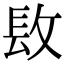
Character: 𨱝